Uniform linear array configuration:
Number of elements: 64
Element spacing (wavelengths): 0.5
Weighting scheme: kaiser
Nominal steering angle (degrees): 45
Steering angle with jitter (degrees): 46.865
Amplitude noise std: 0.05
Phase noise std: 0.05

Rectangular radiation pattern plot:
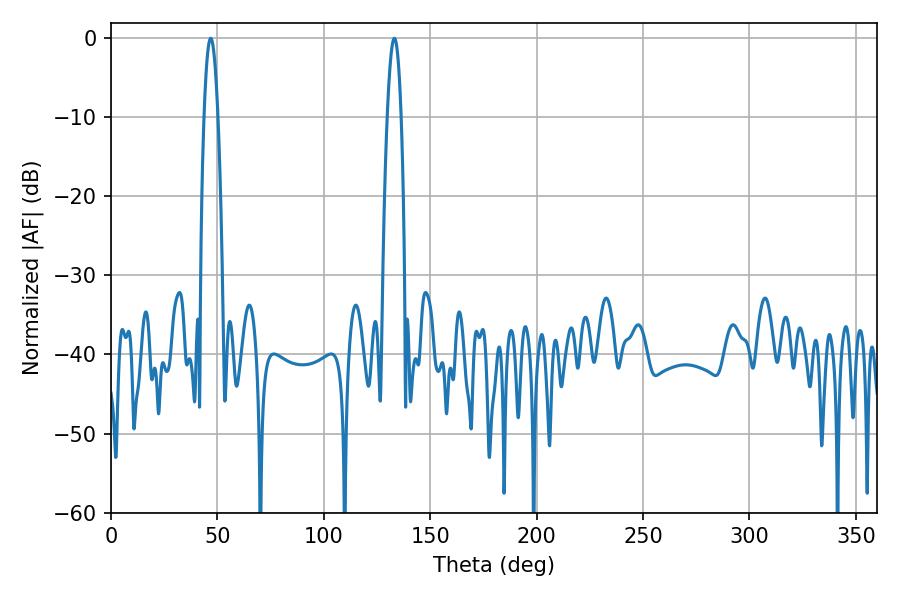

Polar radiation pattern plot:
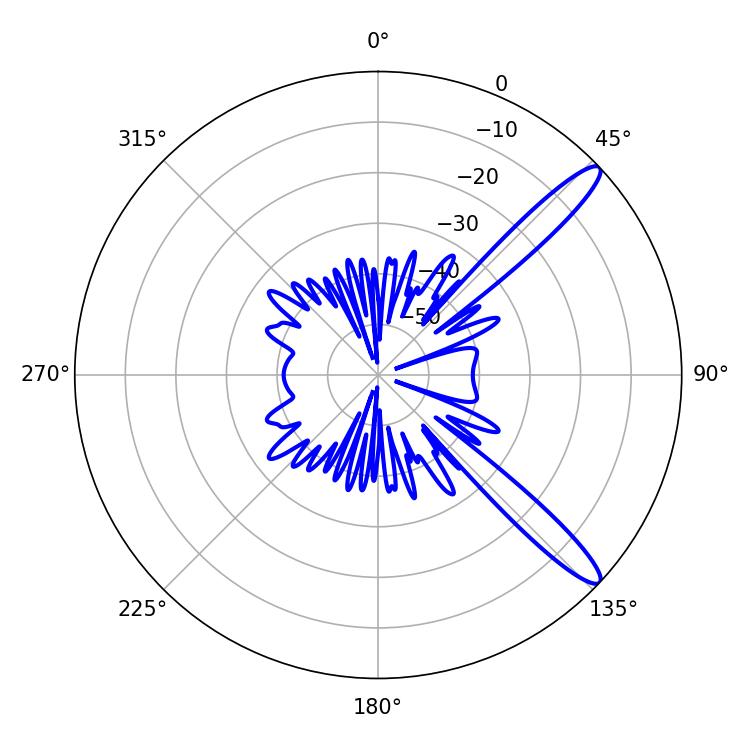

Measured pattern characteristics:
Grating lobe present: FALSE
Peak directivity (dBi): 13.033
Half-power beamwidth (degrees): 3.42
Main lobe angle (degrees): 46.8